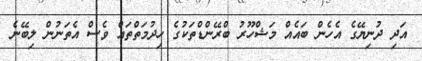
އަދި ދުނިޔޭގެ އެހެން ބައެއް މަޝްހޫރު ބްރޭންޑްތަކުގެ ހިދުމަތްތައް ވެސް އެތަނުން ލިބޭނެ